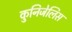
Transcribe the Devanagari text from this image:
कुनिजेलिस